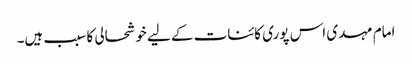
امام مہدی اس پوری کائنات کے لیے خوشحالی کا سبب ہیں۔